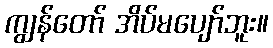
ကျွန်တော် အိပ်မပျော်ဘူး။